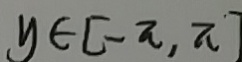
y \in [ - \pi , \pi ]